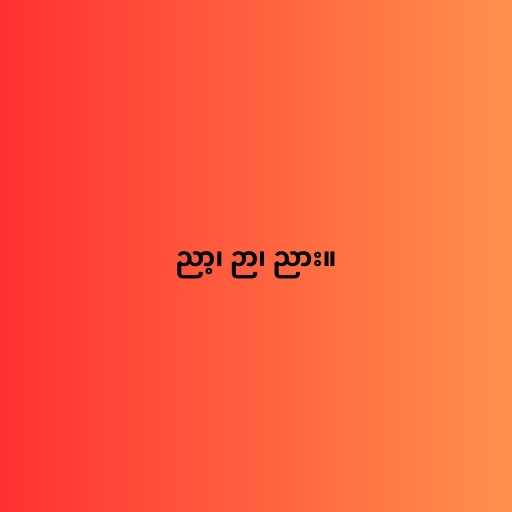
ညာ့၊ ဉာ၊ ညား။